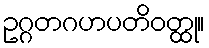
ဥဂ္ဂတဂဟပတိဝတ္ထု။